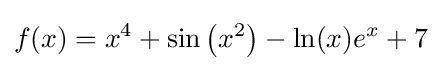
f(x)=x^{4}+\sin \left(x^{2}\right)-\ln(x)e^{x}+7